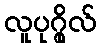
လူပုဂ္ဂိုလ်